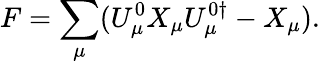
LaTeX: F=\sum_{\mu}(U_{\mu}^{0}X_{\mu}U_{\mu}^{0\dagger}-X_{\mu}).